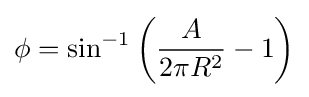
\phi =\sin ^{-1}\left({\frac {A}{2\pi R^{2}}}-1\right)